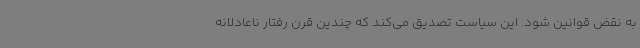
به نقض قوانین شود. این سیاست تصدیق می‌کند که چندین قرن رفتار ناعادلانه